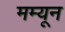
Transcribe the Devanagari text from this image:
मम्यून